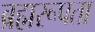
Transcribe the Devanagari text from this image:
ब्रह्मरूपता